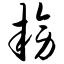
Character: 耪